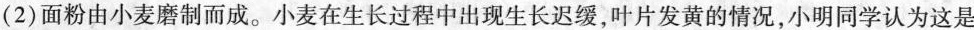
(2)面粉由小麦磨制而成。小麦在生长过程中出现生长迟缓，叶片发黄的情况，小明同学认为这是